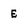
Character: E